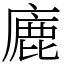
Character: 廘